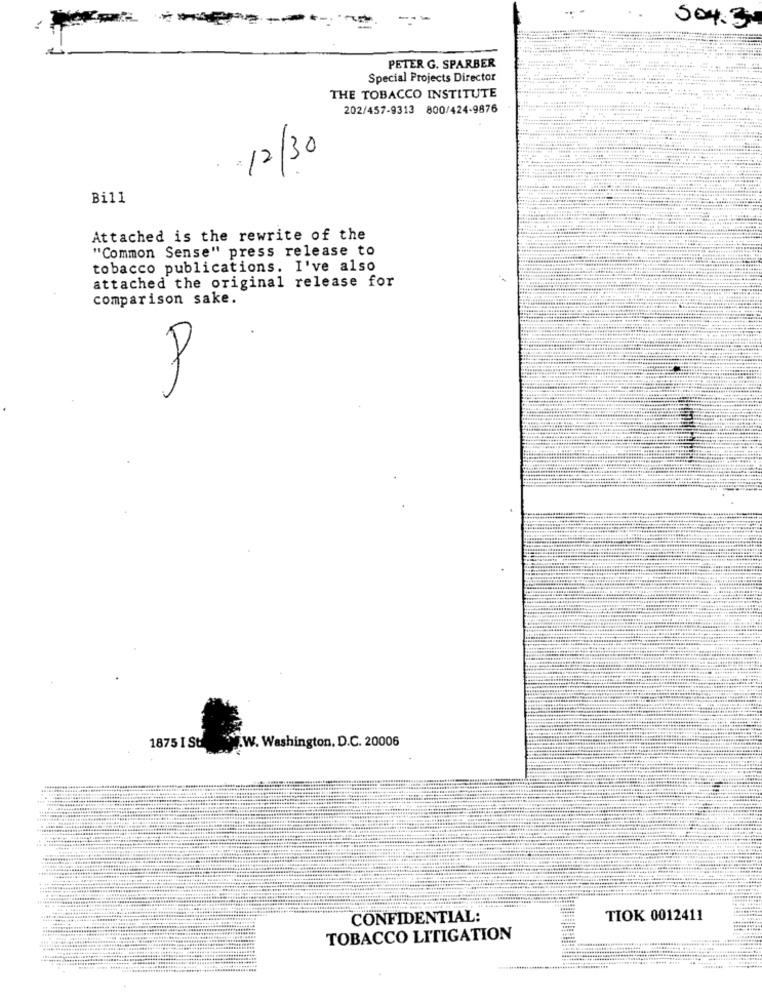
504.3
PETER G. SPARBER
Special Projects Director
THE TOBACCO INSTITUTE
202/457-9313 800/424-9876
12/30
Bill
Attached is the rewrite of the
"Common Sense" press release to
tobacco publications. I've also
attached the original release for
comparison sake.
P
.W. Washington, D.C. 20006
1875 I St
CONFIDENTIAL:
TIOK 0012411
TOBACCO LITIGATION